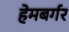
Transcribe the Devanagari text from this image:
हेमबर्गर